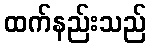
ထက်နည်းသည်